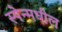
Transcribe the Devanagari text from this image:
स्पेन्मधील